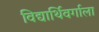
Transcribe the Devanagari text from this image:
विद्यार्थिवर्गाला